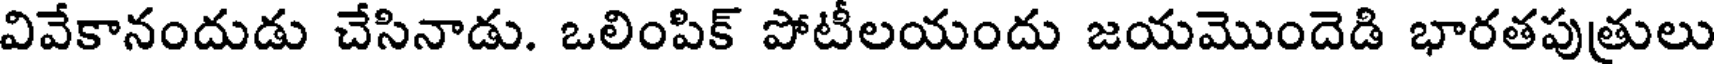
వివేకానందుడు చేసినాడు. ఒలింపిక్ పోటీలయందు జయమొందెడి భారతపుత్రులు